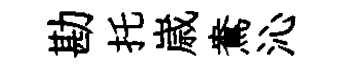
勘托𡻕鴦沁